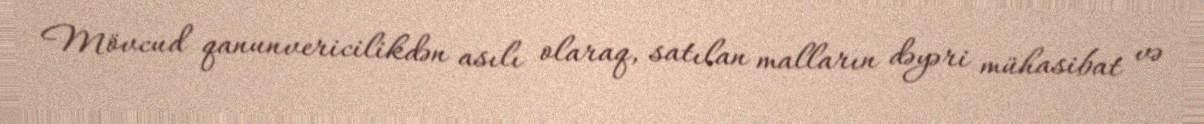
Mövcud qanunvericilikdən asılı olaraq, satılan malların dəyəri mühasibat və